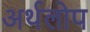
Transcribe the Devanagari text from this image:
अर्थलोप